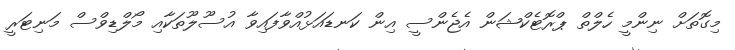
މިގޮތަށް ނިންމީ ހެލްތް ޕްރޮޓެކްޝަން އެޖެންސީ އިން ކަނޑައަޅުއްވާފައިވާ އުސޫލޫތަކާއި މޯލްޑިވްސް މަނިޓަރީ